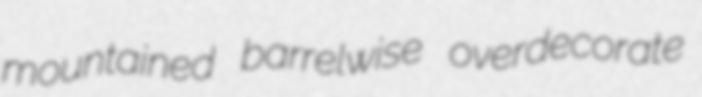
mountained barrelwise overdecorate